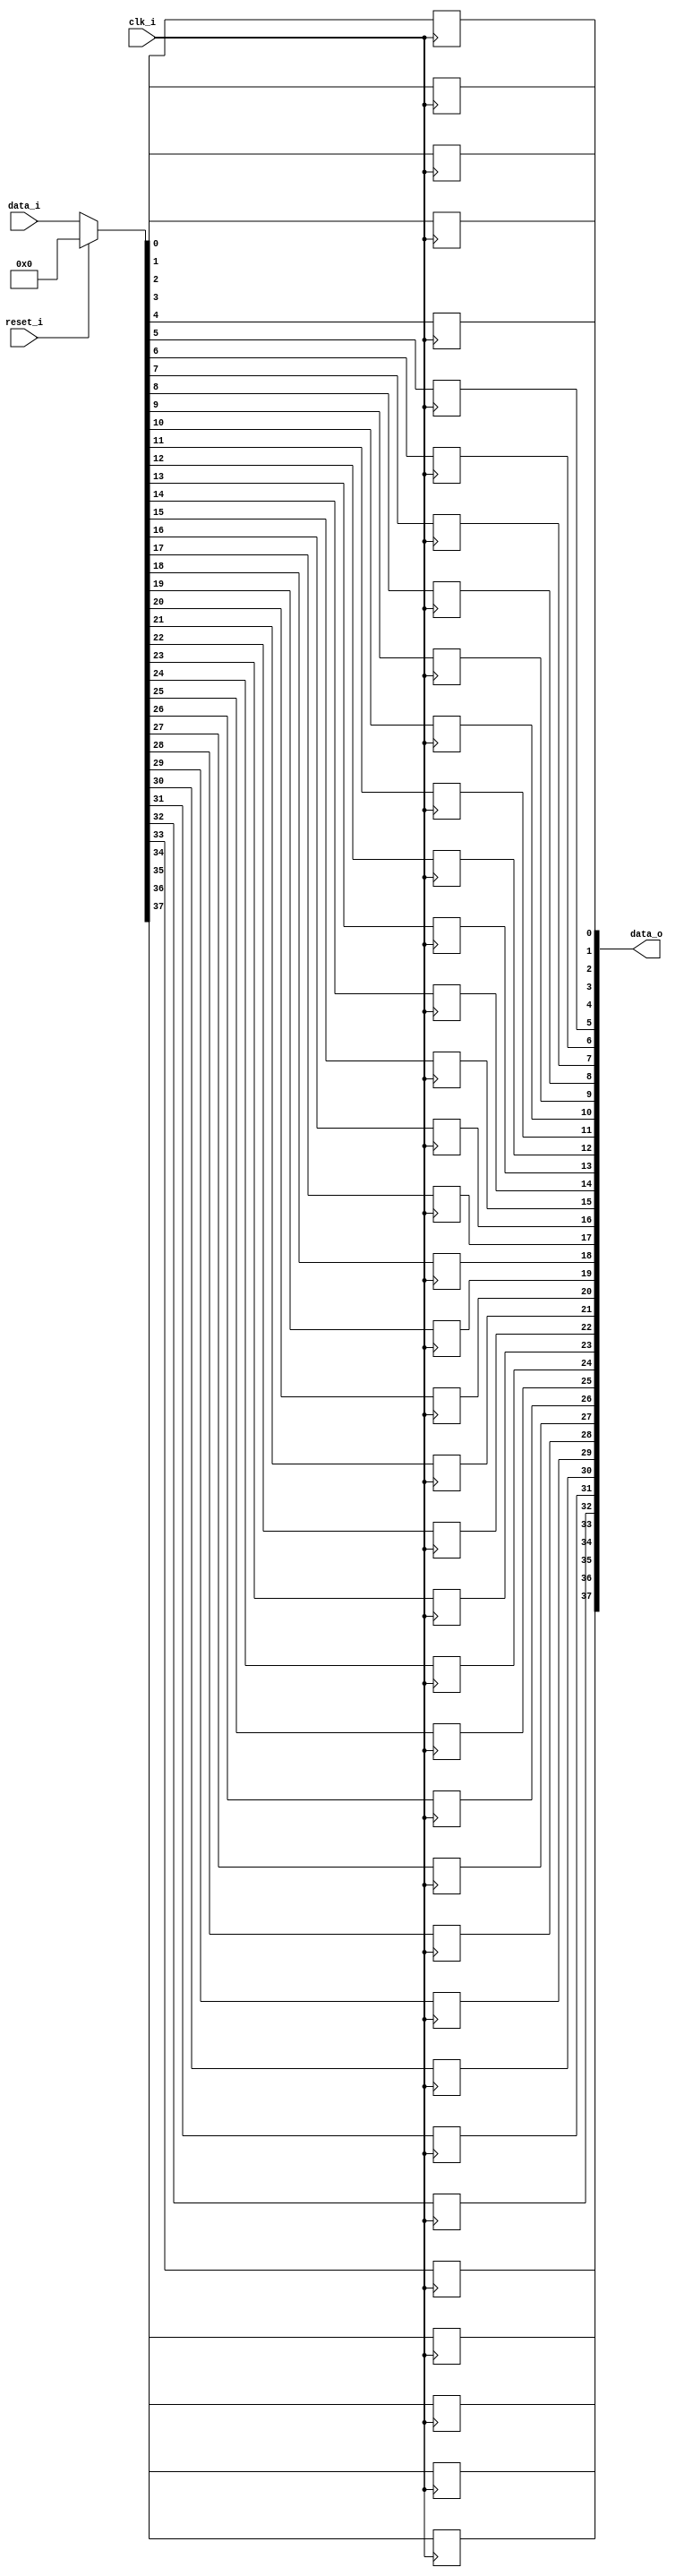
// This program was cloned from: https://github.com/NYU-MLDA/OpenABC
// License: BSD 3-Clause "New" or "Revised" License

module bsg_dff_reset_width_p38
(
  clk_i,
  reset_i,
  data_i,
  data_o
);

  input [37:0] data_i;
  output [37:0] data_o;
  input clk_i;
  input reset_i;
  wire [37:0] data_o;
  wire N0,N1,N2,N3,N4,N5,N6,N7,N8,N9,N10,N11,N12,N13,N14,N15,N16,N17,N18,N19,N20,N21,
  N22,N23,N24,N25,N26,N27,N28,N29,N30,N31,N32,N33,N34,N35,N36,N37,N38,N39,N40;
  reg data_o_37_sv2v_reg,data_o_36_sv2v_reg,data_o_35_sv2v_reg,data_o_34_sv2v_reg,
  data_o_33_sv2v_reg,data_o_32_sv2v_reg,data_o_31_sv2v_reg,data_o_30_sv2v_reg,
  data_o_29_sv2v_reg,data_o_28_sv2v_reg,data_o_27_sv2v_reg,data_o_26_sv2v_reg,
  data_o_25_sv2v_reg,data_o_24_sv2v_reg,data_o_23_sv2v_reg,data_o_22_sv2v_reg,
  data_o_21_sv2v_reg,data_o_20_sv2v_reg,data_o_19_sv2v_reg,data_o_18_sv2v_reg,data_o_17_sv2v_reg,
  data_o_16_sv2v_reg,data_o_15_sv2v_reg,data_o_14_sv2v_reg,data_o_13_sv2v_reg,
  data_o_12_sv2v_reg,data_o_11_sv2v_reg,data_o_10_sv2v_reg,data_o_9_sv2v_reg,
  data_o_8_sv2v_reg,data_o_7_sv2v_reg,data_o_6_sv2v_reg,data_o_5_sv2v_reg,data_o_4_sv2v_reg,
  data_o_3_sv2v_reg,data_o_2_sv2v_reg,data_o_1_sv2v_reg,data_o_0_sv2v_reg;
  assign data_o[37] = data_o_37_sv2v_reg;
  assign data_o[36] = data_o_36_sv2v_reg;
  assign data_o[35] = data_o_35_sv2v_reg;
  assign data_o[34] = data_o_34_sv2v_reg;
  assign data_o[33] = data_o_33_sv2v_reg;
  assign data_o[32] = data_o_32_sv2v_reg;
  assign data_o[31] = data_o_31_sv2v_reg;
  assign data_o[30] = data_o_30_sv2v_reg;
  assign data_o[29] = data_o_29_sv2v_reg;
  assign data_o[28] = data_o_28_sv2v_reg;
  assign data_o[27] = data_o_27_sv2v_reg;
  assign data_o[26] = data_o_26_sv2v_reg;
  assign data_o[25] = data_o_25_sv2v_reg;
  assign data_o[24] = data_o_24_sv2v_reg;
  assign data_o[23] = data_o_23_sv2v_reg;
  assign data_o[22] = data_o_22_sv2v_reg;
  assign data_o[21] = data_o_21_sv2v_reg;
  assign data_o[20] = data_o_20_sv2v_reg;
  assign data_o[19] = data_o_19_sv2v_reg;
  assign data_o[18] = data_o_18_sv2v_reg;
  assign data_o[17] = data_o_17_sv2v_reg;
  assign data_o[16] = data_o_16_sv2v_reg;
  assign data_o[15] = data_o_15_sv2v_reg;
  assign data_o[14] = data_o_14_sv2v_reg;
  assign data_o[13] = data_o_13_sv2v_reg;
  assign data_o[12] = data_o_12_sv2v_reg;
  assign data_o[11] = data_o_11_sv2v_reg;
  assign data_o[10] = data_o_10_sv2v_reg;
  assign data_o[9] = data_o_9_sv2v_reg;
  assign data_o[8] = data_o_8_sv2v_reg;
  assign data_o[7] = data_o_7_sv2v_reg;
  assign data_o[6] = data_o_6_sv2v_reg;
  assign data_o[5] = data_o_5_sv2v_reg;
  assign data_o[4] = data_o_4_sv2v_reg;
  assign data_o[3] = data_o_3_sv2v_reg;
  assign data_o[2] = data_o_2_sv2v_reg;
  assign data_o[1] = data_o_1_sv2v_reg;
  assign data_o[0] = data_o_0_sv2v_reg;

  always @(posedge clk_i) begin
    if(1'b1) begin
      data_o_37_sv2v_reg <= N40;
    end 
  end


  always @(posedge clk_i) begin
    if(1'b1) begin
      data_o_36_sv2v_reg <= N39;
    end 
  end


  always @(posedge clk_i) begin
    if(1'b1) begin
      data_o_35_sv2v_reg <= N38;
    end 
  end


  always @(posedge clk_i) begin
    if(1'b1) begin
      data_o_34_sv2v_reg <= N37;
    end 
  end


  always @(posedge clk_i) begin
    if(1'b1) begin
      data_o_33_sv2v_reg <= N36;
    end 
  end


  always @(posedge clk_i) begin
    if(1'b1) begin
      data_o_32_sv2v_reg <= N35;
    end 
  end


  always @(posedge clk_i) begin
    if(1'b1) begin
      data_o_31_sv2v_reg <= N34;
    end 
  end


  always @(posedge clk_i) begin
    if(1'b1) begin
      data_o_30_sv2v_reg <= N33;
    end 
  end


  always @(posedge clk_i) begin
    if(1'b1) begin
      data_o_29_sv2v_reg <= N32;
    end 
  end


  always @(posedge clk_i) begin
    if(1'b1) begin
      data_o_28_sv2v_reg <= N31;
    end 
  end


  always @(posedge clk_i) begin
    if(1'b1) begin
      data_o_27_sv2v_reg <= N30;
    end 
  end


  always @(posedge clk_i) begin
    if(1'b1) begin
      data_o_26_sv2v_reg <= N29;
    end 
  end


  always @(posedge clk_i) begin
    if(1'b1) begin
      data_o_25_sv2v_reg <= N28;
    end 
  end


  always @(posedge clk_i) begin
    if(1'b1) begin
      data_o_24_sv2v_reg <= N27;
    end 
  end


  always @(posedge clk_i) begin
    if(1'b1) begin
      data_o_23_sv2v_reg <= N26;
    end 
  end


  always @(posedge clk_i) begin
    if(1'b1) begin
      data_o_22_sv2v_reg <= N25;
    end 
  end


  always @(posedge clk_i) begin
    if(1'b1) begin
      data_o_21_sv2v_reg <= N24;
    end 
  end


  always @(posedge clk_i) begin
    if(1'b1) begin
      data_o_20_sv2v_reg <= N23;
    end 
  end


  always @(posedge clk_i) begin
    if(1'b1) begin
      data_o_19_sv2v_reg <= N22;
    end 
  end


  always @(posedge clk_i) begin
    if(1'b1) begin
      data_o_18_sv2v_reg <= N21;
    end 
  end


  always @(posedge clk_i) begin
    if(1'b1) begin
      data_o_17_sv2v_reg <= N20;
    end 
  end


  always @(posedge clk_i) begin
    if(1'b1) begin
      data_o_16_sv2v_reg <= N19;
    end 
  end


  always @(posedge clk_i) begin
    if(1'b1) begin
      data_o_15_sv2v_reg <= N18;
    end 
  end


  always @(posedge clk_i) begin
    if(1'b1) begin
      data_o_14_sv2v_reg <= N17;
    end 
  end


  always @(posedge clk_i) begin
    if(1'b1) begin
      data_o_13_sv2v_reg <= N16;
    end 
  end


  always @(posedge clk_i) begin
    if(1'b1) begin
      data_o_12_sv2v_reg <= N15;
    end 
  end


  always @(posedge clk_i) begin
    if(1'b1) begin
      data_o_11_sv2v_reg <= N14;
    end 
  end


  always @(posedge clk_i) begin
    if(1'b1) begin
      data_o_10_sv2v_reg <= N13;
    end 
  end


  always @(posedge clk_i) begin
    if(1'b1) begin
      data_o_9_sv2v_reg <= N12;
    end 
  end


  always @(posedge clk_i) begin
    if(1'b1) begin
      data_o_8_sv2v_reg <= N11;
    end 
  end


  always @(posedge clk_i) begin
    if(1'b1) begin
      data_o_7_sv2v_reg <= N10;
    end 
  end


  always @(posedge clk_i) begin
    if(1'b1) begin
      data_o_6_sv2v_reg <= N9;
    end 
  end


  always @(posedge clk_i) begin
    if(1'b1) begin
      data_o_5_sv2v_reg <= N8;
    end 
  end


  always @(posedge clk_i) begin
    if(1'b1) begin
      data_o_4_sv2v_reg <= N7;
    end 
  end


  always @(posedge clk_i) begin
    if(1'b1) begin
      data_o_3_sv2v_reg <= N6;
    end 
  end


  always @(posedge clk_i) begin
    if(1'b1) begin
      data_o_2_sv2v_reg <= N5;
    end 
  end


  always @(posedge clk_i) begin
    if(1'b1) begin
      data_o_1_sv2v_reg <= N4;
    end 
  end


  always @(posedge clk_i) begin
    if(1'b1) begin
      data_o_0_sv2v_reg <= N3;
    end 
  end

  assign { N40, N39, N38, N37, N36, N35, N34, N33, N32, N31, N30, N29, N28, N27, N26, N25, N24, N23, N22, N21, N20, N19, N18, N17, N16, N15, N14, N13, N12, N11, N10, N9, N8, N7, N6, N5, N4, N3 } = (N0)? { 1'b0, 1'b0, 1'b0, 1'b0, 1'b0, 1'b0, 1'b0, 1'b0, 1'b0, 1'b0, 1'b0, 1'b0, 1'b0, 1'b0, 1'b0, 1'b0, 1'b0, 1'b0, 1'b0, 1'b0, 1'b0, 1'b0, 1'b0, 1'b0, 1'b0, 1'b0, 1'b0, 1'b0, 1'b0, 1'b0, 1'b0, 1'b0, 1'b0, 1'b0, 1'b0, 1'b0, 1'b0, 1'b0 } : 
                                                                                                                                                                                                     (N1)? data_i : 1'b0;
  assign N0 = reset_i;
  assign N1 = N2;
  assign N2 = ~reset_i;

endmodule